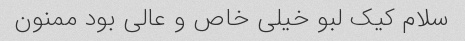
سلام کیک لبو خیلی خاص و عالی بود ممنون